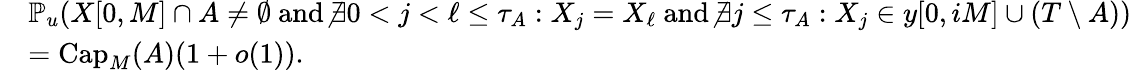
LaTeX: \begin{array}{rl}&{\mathbb{P}_{u}\! \left(X[0,M]\cap A\neq\emptyset\ \mathrm{and}\ \not\exists 0<j<\ell\leq\tau_{A}:X_{j}=X_{\ell}\ \mathrm{and}\ \not\exists j\leq\tau_{A}:X_{j}\in y[0,iM]\cup(T\setminus A)\right)}\\ &{=\mathrm{Cap}_{M}(A)(1+o(1)).}\end{array}